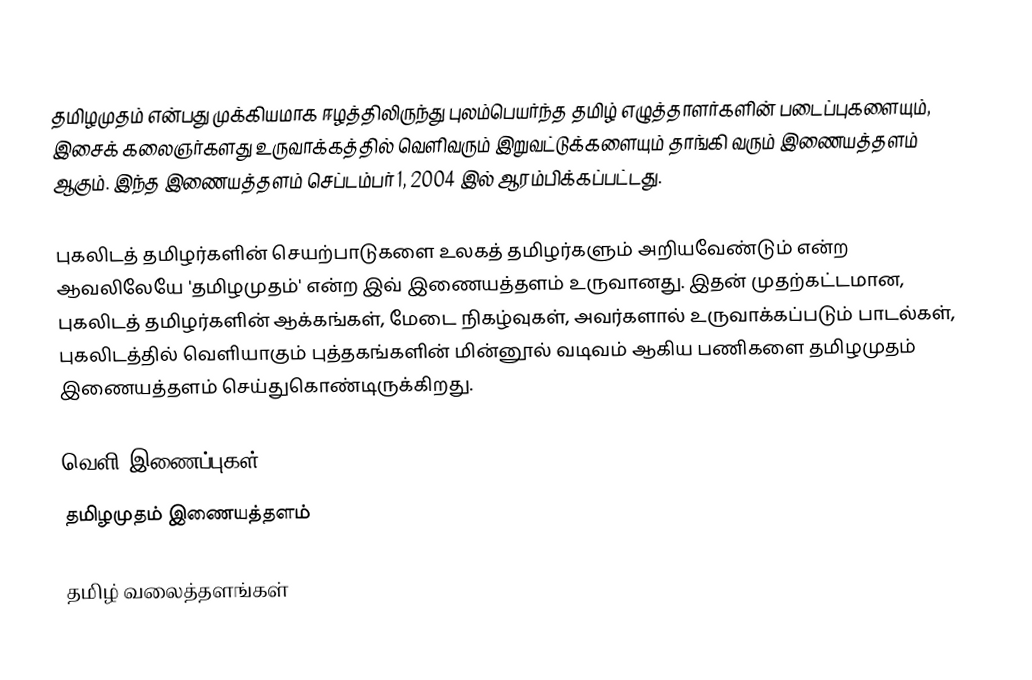
தமிழமுதம் என்பது முக்கியமாக ஈழத்திலிருந்து புலம்பெயர்ந்த தமிழ் எழுத்தாளர்களின் படைப்புகளையும், இசைக் கலைஞர்களது உருவாக்கத்தில் வெளிவரும் இறுவட்டுக்களையும் தாங்கி வரும் இணையத்தளம் ஆகும். இந்த இணையத்தளம் செப்டம்பர் 1, 2004 இல் ஆரம்பிக்கப்பட்டது.

புகலிடத் தமிழர்களின் செயற்பாடுகளை உலகத் தமிழர்களும் அறியவேண்டும் என்ற ஆவலிலேயே 'தமிழமுதம்' என்ற இவ் இணையத்தளம் உருவானது. இதன் முதற்கட்டமான, புகலிடத் தமிழர்களின் ஆக்கங்கள், மேடை நிகழ்வுகள், அவர்களால் உருவாக்கப்படும் பாடல்கள், புகலிடத்தில் வெளியாகும் புத்தகங்களின் மின்னூல் வடிவம் ஆகிய பணிகளை தமிழமுதம் இணையத்தளம் செய்துகொண்டிருக்கிறது.

வெளி இணைப்புகள்
 தமிழமுதம் இணையத்தளம்

தமிழ் வலைத்தளங்கள்